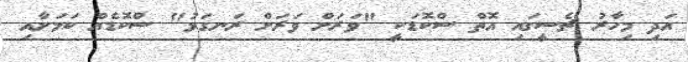
އަދި މިހާރު ޗެސީގައި އޮތް ސްކޮޑަކީ "ވަރަށް ވަރަށް ރަނގަޅު" ސްކޮޑެއް ކަމަށާއި